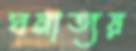
ঘনাত্যয়